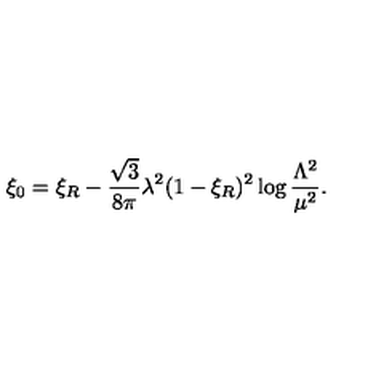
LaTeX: \xi _ { 0 } = \xi _ { R } - \frac { \sqrt { 3 } } { 8 \pi } \lambda ^ { 2 } ( 1 - \xi _ { R } ) ^ { 2 } \log \frac { \Lambda ^ { 2 } } { \mu ^ { 2 } } .